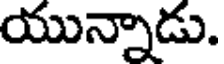
యున్నాడు.